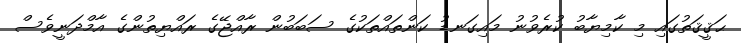
ޙަޤީޤަތުގައި މި ކާމިޔާބު ކުރެވުނު މައިގަނޑު ކަންތައްތަކުގެ ސަބަބުން ރާއްޖޭގެ ރައްޔިތުންގެ އާމްދަނީވެސް